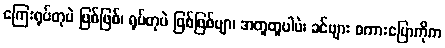
ကြေးရုပ်တုပဲ ဖြစ်ဖြစ်၊ ရုပ်တုပဲ ဖြစ်ဖြစ်ဗျာ၊ အတူတူပါပဲ၊ ခင်ဗျား စကားပြောကိုက